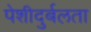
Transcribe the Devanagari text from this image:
पेशीदुर्बलता